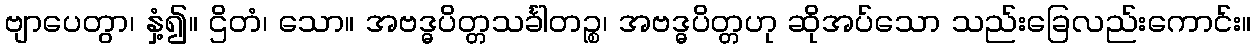
ဗျာပေတွာ၊ နှံ့၍။ ဌိတံ၊ သော။ အဗဒ္ဓပိတ္တသင်္ခါတဉ္စ၊ အဗဒ္ဓပိတ္တဟု ဆိုအပ်သော သည်းခြေလည်းကောင်း။